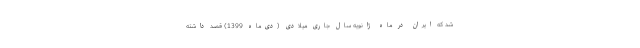
شد که ایران در ماه ژانویه سال جاری میلادی (دی‌ماه 1399) قصد داشته